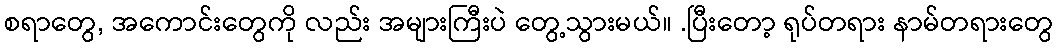
စရာတွေ, အကောင်းတွေကို လည်း အများကြီးပဲ တွေ့သွားမယ်။ .ပြီးတော့ ရုပ်တရား နာမ်တရားတွေ